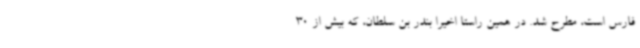
فارس است، مطرح شد. در همین راستا اخیرا بندر بن سلطان، که بیش از 30